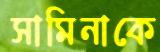
সামিনাকে